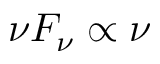
\nu F _ { \nu } \propto \nu